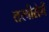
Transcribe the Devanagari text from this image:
तस्वीरोमें